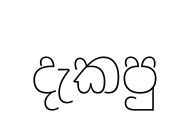
දැකපු